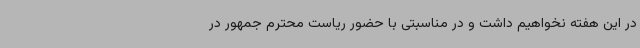
در این هفته نخواهیم داشت و در مناسبتی با حضور ریاست محترم جمهور در